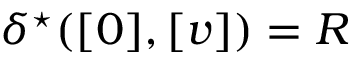
{ \delta ^ { \star } ( [ 0 ] , [ v ] ) = R }